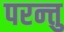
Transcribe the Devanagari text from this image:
परन्त्तु